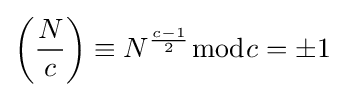
\left({\frac {N}{c}}\right)\equiv N^{\frac {c-1}{2}}{\bmod {c}}=\pm 1